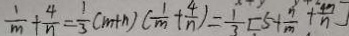
\frac { 1 } { m } + \frac { 4 } { n } = \frac { 1 } { 3 } ( m + n ) ( \frac { 1 } { m } + \frac { 4 } { n } ) = \frac { 1 } { 3 } [ 5 + \frac { n } { m } + \frac { 4 n } { n } ]